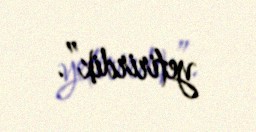
yetirirdik”.